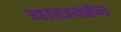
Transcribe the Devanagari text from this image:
बाह्यवर्तन